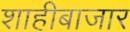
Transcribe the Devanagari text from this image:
शाहीबाजार